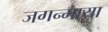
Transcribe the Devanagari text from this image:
जगन्माया